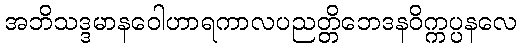
အဘိသဒ္ဒမာနဝေါဟာရကာလပညတ္တိဘေဒနဝိက္ကပ္ပနလေ